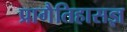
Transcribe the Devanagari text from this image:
प्रागैतिहासज्ञ